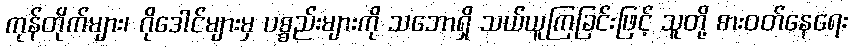
ကုန်တိုက်များ၊ ဂိုဒေါင်များမှ ပစ္စည်းများကို သဘောရှိ သယ်ယူကြခြင်းဖြင့် သူတို့ စားဝတ်နေရေး